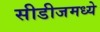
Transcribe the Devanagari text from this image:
सीडीजमध्ये